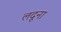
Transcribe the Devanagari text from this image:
लदूना